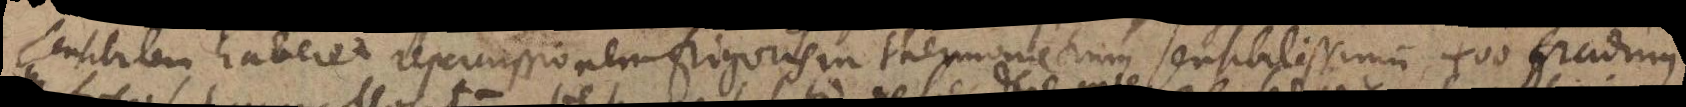
sensibilem haberet repercussionem frigoris in thermometrum sensibilissimum 400 graduum